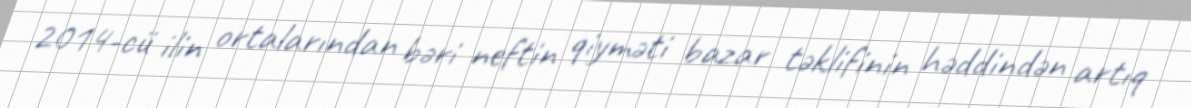
2014-cü ilin ortalarından bəri neftin qiyməti bazar təklifinin həddindən artıq